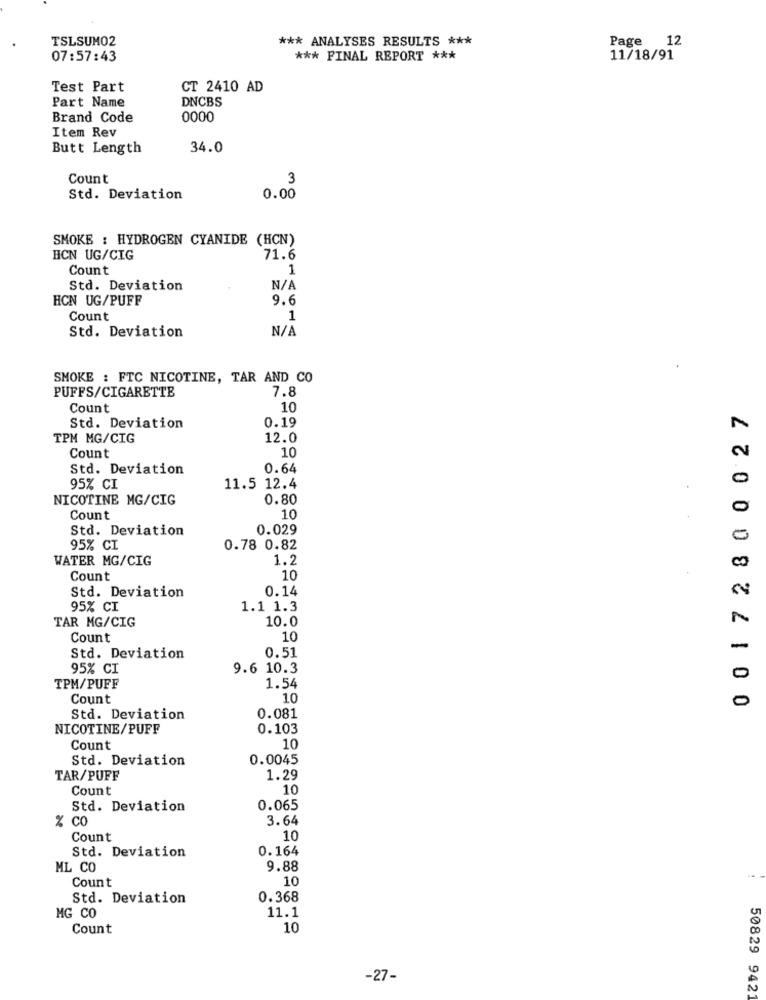
TSLSUM02
*** ANALYSES RESULTS ***
Page
12
07:57:43
*** FINAL REPORT ***
11/18/91
Test Part
CT 2410 AD
DNCBS
Part Name
Brand Code
0000
Item Rev
Butt Length
34.0
Count
3
Std. Deviation
0.00
SMOKE : HYDROGEN CYANIDE (HCN)
HCN UG/CIG
71.6
Count
1
Std. Deviation
HCN UG/PUFF
9.6
Count
1
Std. Deviation
SMOKE : FTC NICOTINE, TAR AND CO
PUFFS/CIGARETTE
7.8
Count
10
0 0172800027
0.19
Std. Deviation
TPM MG/CIG
12.0
Count
10
Std. Deviation
0.64
95% CI
11.5 12.4
NICOTINE MG/CIG
0.80
Count
10
Std. Deviation
0.029
95% CI
0.78 0.82
WATER MG/CIG
1.2
Count
10
0.14
Std. Deviation
95% CI
1.1 1.3
TAR MG/CIG
10.0
Count
10
0.51
Std. Deviation
95% CI
9.6 10.3
TPM/PUFF
1.54
Count
10
Std. Deviation
0.081
NICOTINE/PUFF
0.103
Count
10
Std. Deviation
0.0045
TAR/PUFF
1.29
Count
10
Std. Deviation
0.065
% co
3.64
Count
10
0.164
Std. Deviation
ML CO
9.88
Count
10
Std. Deviation
0.368
11.1
MG CO
Count
10
-27-
50829 942